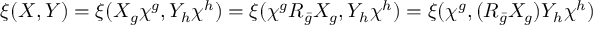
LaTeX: \xi ( X , Y ) = \xi ( X _ { g } \chi ^ { g } , Y _ { h } \chi ^ { h } ) = \xi ( \chi ^ { g } R _ { \bar { g } } X _ { g } , Y _ { h } \chi ^ { h } ) = \xi ( \chi ^ { g } , ( R _ { \bar { g } } X _ { g } ) Y _ { h } \chi ^ { h } )